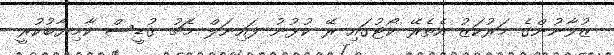
ޒުވާނުންގެ މަރުކަޒު އެތެރޭ ކޯޓުގައި ރޭ ކުޅުނު ފައިނަލް މެޗު ގުޑީސް ކާމިޔާބުކުރީ